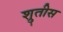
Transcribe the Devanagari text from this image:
श्रुतीस